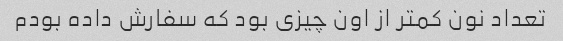
تعداد نون کمتر از اون چیزی بود که سفارش داده بودم